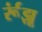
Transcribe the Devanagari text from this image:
र्रूंझू